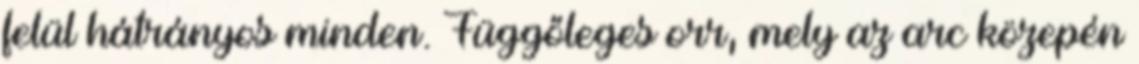
felül hátrányos minden. Függőleges orr, mely az arc közepén